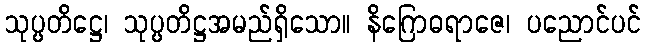
သုပ္ပတိဋ္ဌေ၊ သုပ္ပတိဋ္ဌအမည်ရှိသော။ နိဂြောဓရာဇေ၊ ပညောင်ပင်